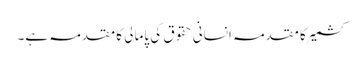
کشمیر کا مقدمہ انسانی حقوق کی پامالی کا مقدمہ ہے۔